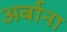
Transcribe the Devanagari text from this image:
अर्बाना